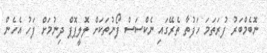
ނޮބެމްބަރު ފުރަތަމަ ހަފުތާ ތެރޭގައި ނެކްސަސް ފޯނުތަކަށް ލޮލީޕޮޕް ދިނުމަށް ފަހު އެހެން